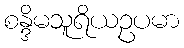
စန္ဒိမသူရိယဥပမာ